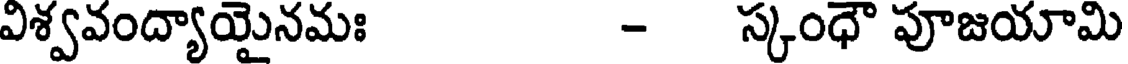
విశ్వవంద్యాయైనమః - స్కంధౌ పూజయామి